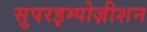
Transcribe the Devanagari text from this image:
सुपरइम्पोज़ीशन